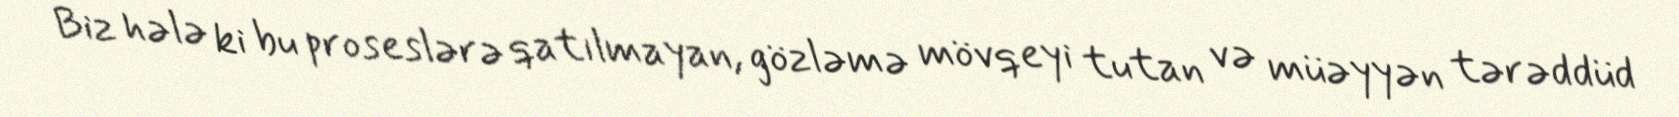
Biz hələ ki bu proseslərə qatılmayan, gözləmə mövqeyi tutan və müəyyən tərəddüd